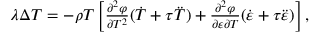
\begin{array} { r } { \lambda \Delta T = - \rho T \left[ \frac { \partial ^ { 2 } \varphi } { \partial T ^ { 2 } } ( \dot { T } + \tau \ddot { T } ) + \frac { \partial ^ { 2 } \varphi } { \partial { \boldsymbol \varepsilon } \partial T } ( \dot { \boldsymbol \varepsilon } + \tau \ddot { \boldsymbol \varepsilon } ) \right] , } \end{array}